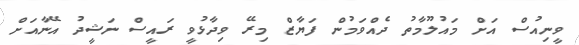
ވީނިއުސް އަށް މައުލޫމާތު ދެއްވަމުން ފަޔާޒް މިރޭ ވިދާޅުވީ ރައީސް ނަޝީދު އޭނާއަށް